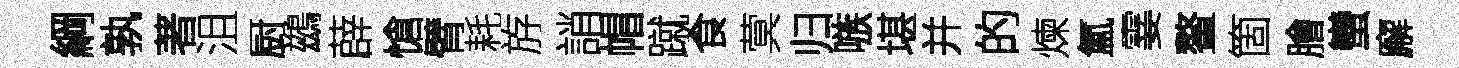
綱孰著沮厨鷀薜愴臂耗斿誚帽蹴食蓂归嗾堪并的煉氳霎鳌箇膾蠻廨